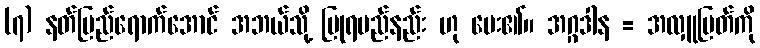
(၇) နတ်ပြည်ရောက်အောင် အဘယ်သို့ ပြုရမည်နည်း ဟု မေး၏။ အဂ္ဂဒါန = အလှူမြတ်ကို